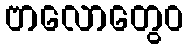
ဗာလောတွေဝ